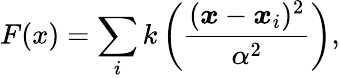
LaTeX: F(x)=\sum_{i}k\left(\frac{(\boldsymbol{x}-\boldsymbol{x}_{i})^{2}}{\alpha^{2}}\right),